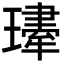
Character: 𤪆